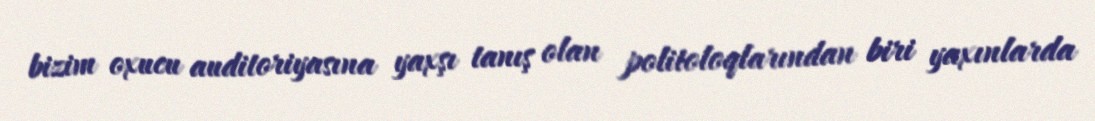
bizim oxucu auditoriyasına yaxşı tanış olan politoloqlarından biri yaxınlarda